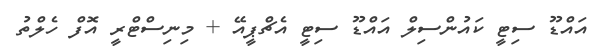
އައްޑޫ ސިޓީ ކައުންސިލް އައްޑޫ ސިޓީ އެޗްޕީއޭ + މިނިސްޓްރީ އޮފް ހެލްތު